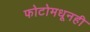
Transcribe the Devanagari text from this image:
फोटोमधूनही